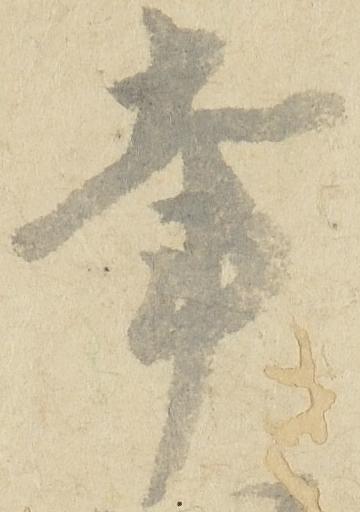
幸